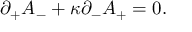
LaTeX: \partial _ { + } A _ { - } + \kappa \partial _ { - } A _ { + } = 0 .